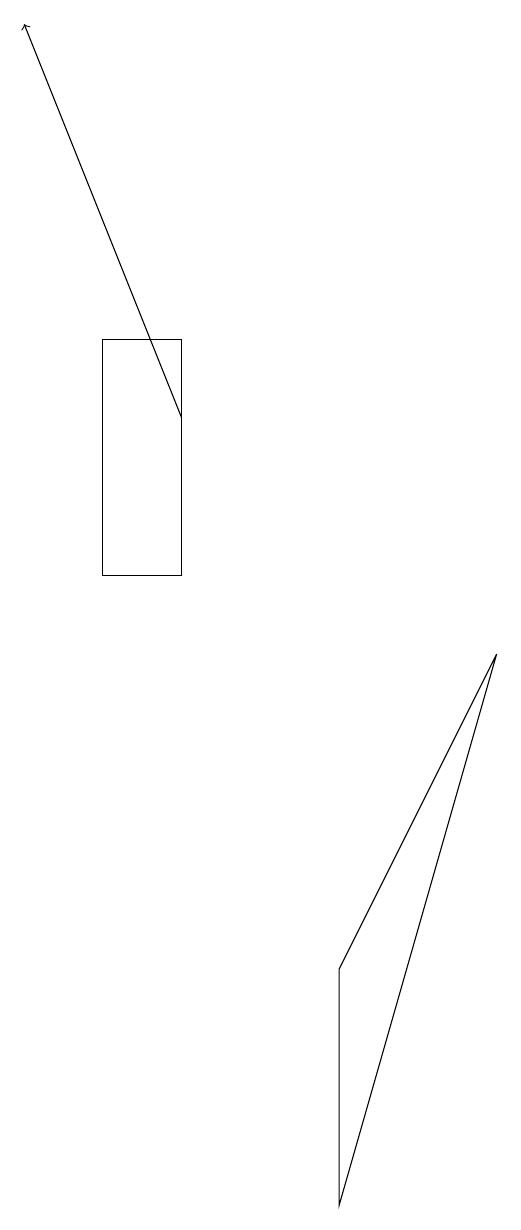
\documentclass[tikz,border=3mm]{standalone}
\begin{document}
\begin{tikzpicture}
\draw[->] (5,12) -- (3,17);
\draw (7,5) -- (7,2) -- (9,9) -- cycle;
\draw (5,10) rectangle (4,13);
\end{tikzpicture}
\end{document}